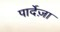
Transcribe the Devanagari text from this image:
पार्देज़ा